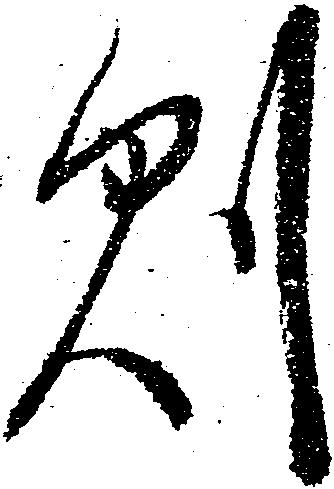
則